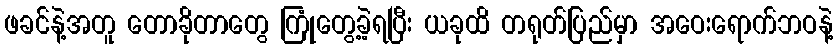
ဖခင်နဲ့အတူ တောခိုတာတွေ ကြုံတွေ့ခဲ့ရပြီး ယခုထိ တရုတ်ပြည်မှာ အဝေးရောက်ဘဝနဲ့